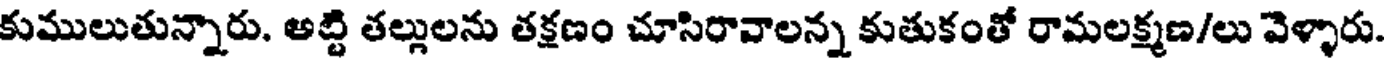
కుములుతున్నారు. అట్టి తల్లులను తక్షణం చూసిరావాలన్న కుతుకంతో రామలక్ష్మణ/లు వెళ్ళారు.